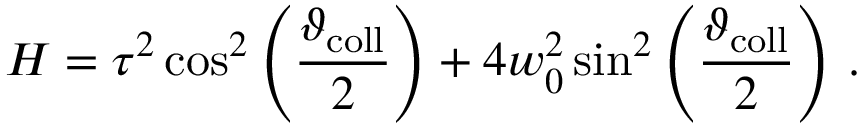
H = \tau ^ { 2 } \cos ^ { 2 } \left( \frac { \vartheta _ { \mathrm { c o l l } } } { 2 } \right) + 4 w _ { 0 } ^ { 2 } \sin ^ { 2 } \left( \frac { \vartheta _ { \mathrm { c o l l } } } { 2 } \right) \, .